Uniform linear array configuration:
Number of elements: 24
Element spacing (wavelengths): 0.25
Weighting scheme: cosine
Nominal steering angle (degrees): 15
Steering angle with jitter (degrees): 15.358
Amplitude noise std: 0.05
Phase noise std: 0.05

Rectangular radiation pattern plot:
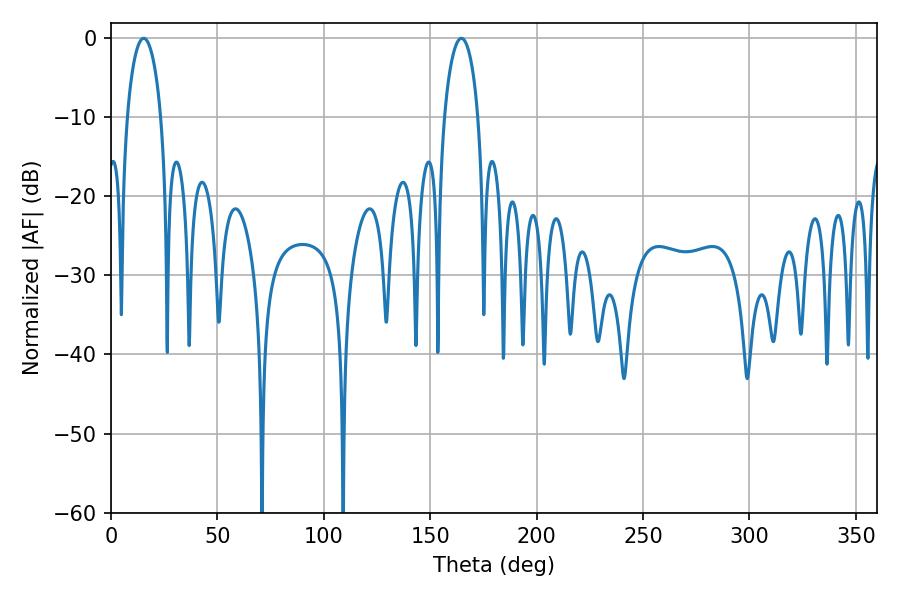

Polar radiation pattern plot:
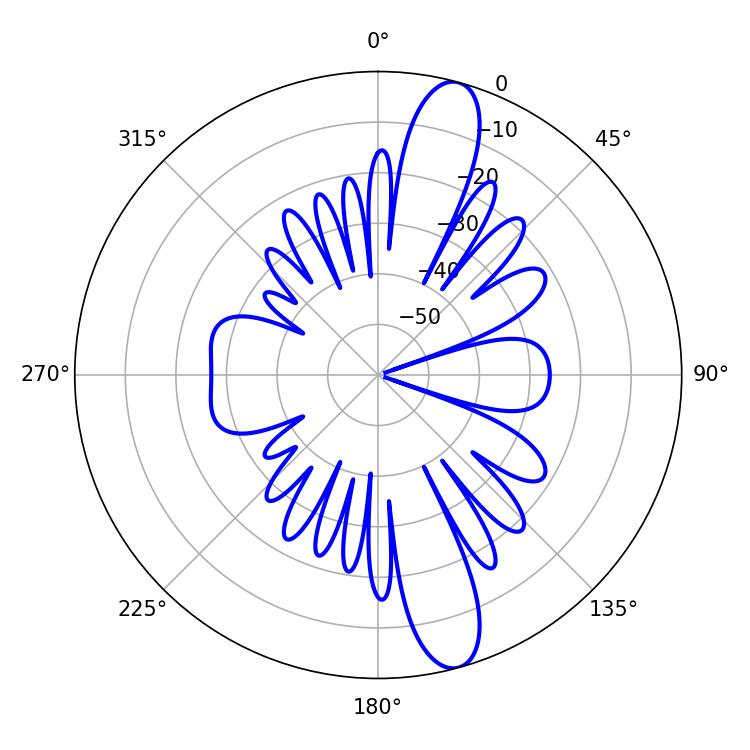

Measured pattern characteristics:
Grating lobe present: FALSE
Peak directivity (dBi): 13.331
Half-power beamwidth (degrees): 9.18
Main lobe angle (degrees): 15.3